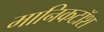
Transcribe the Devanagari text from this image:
मानिकटॉश